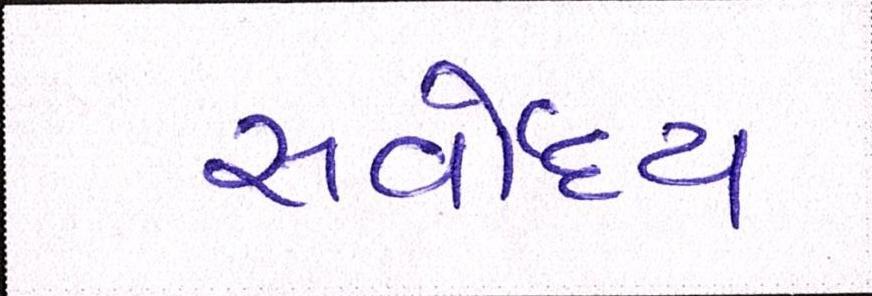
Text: સર્વોદય